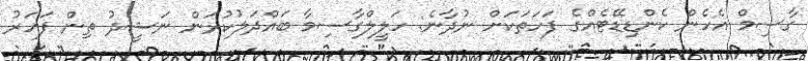
ގާސިމް އެހެން ކެންޑިޑޭޓެއްގެ ފަހަތަކަށް ނުދާނެ: ހަލީލްގާސިމާ ބައްދަލުކުރަން ނަޝީދު ތިން ފަހަރު